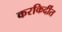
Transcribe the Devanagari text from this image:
करकिर्दीत